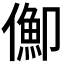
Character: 𠏣